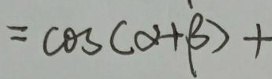
$=\cos(\alpha +\beta)+$